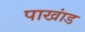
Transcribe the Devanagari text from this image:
पाखांड